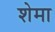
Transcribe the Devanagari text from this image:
शेमा